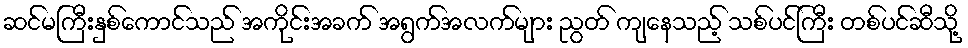
ဆင်မကြီးနှစ်ကောင်သည် အကိုင်းအခက် အရွက်အလက်များ ညွတ် ကျနေသည့် သစ်ပင်ကြီး တစ်ပင်ဆီသို့